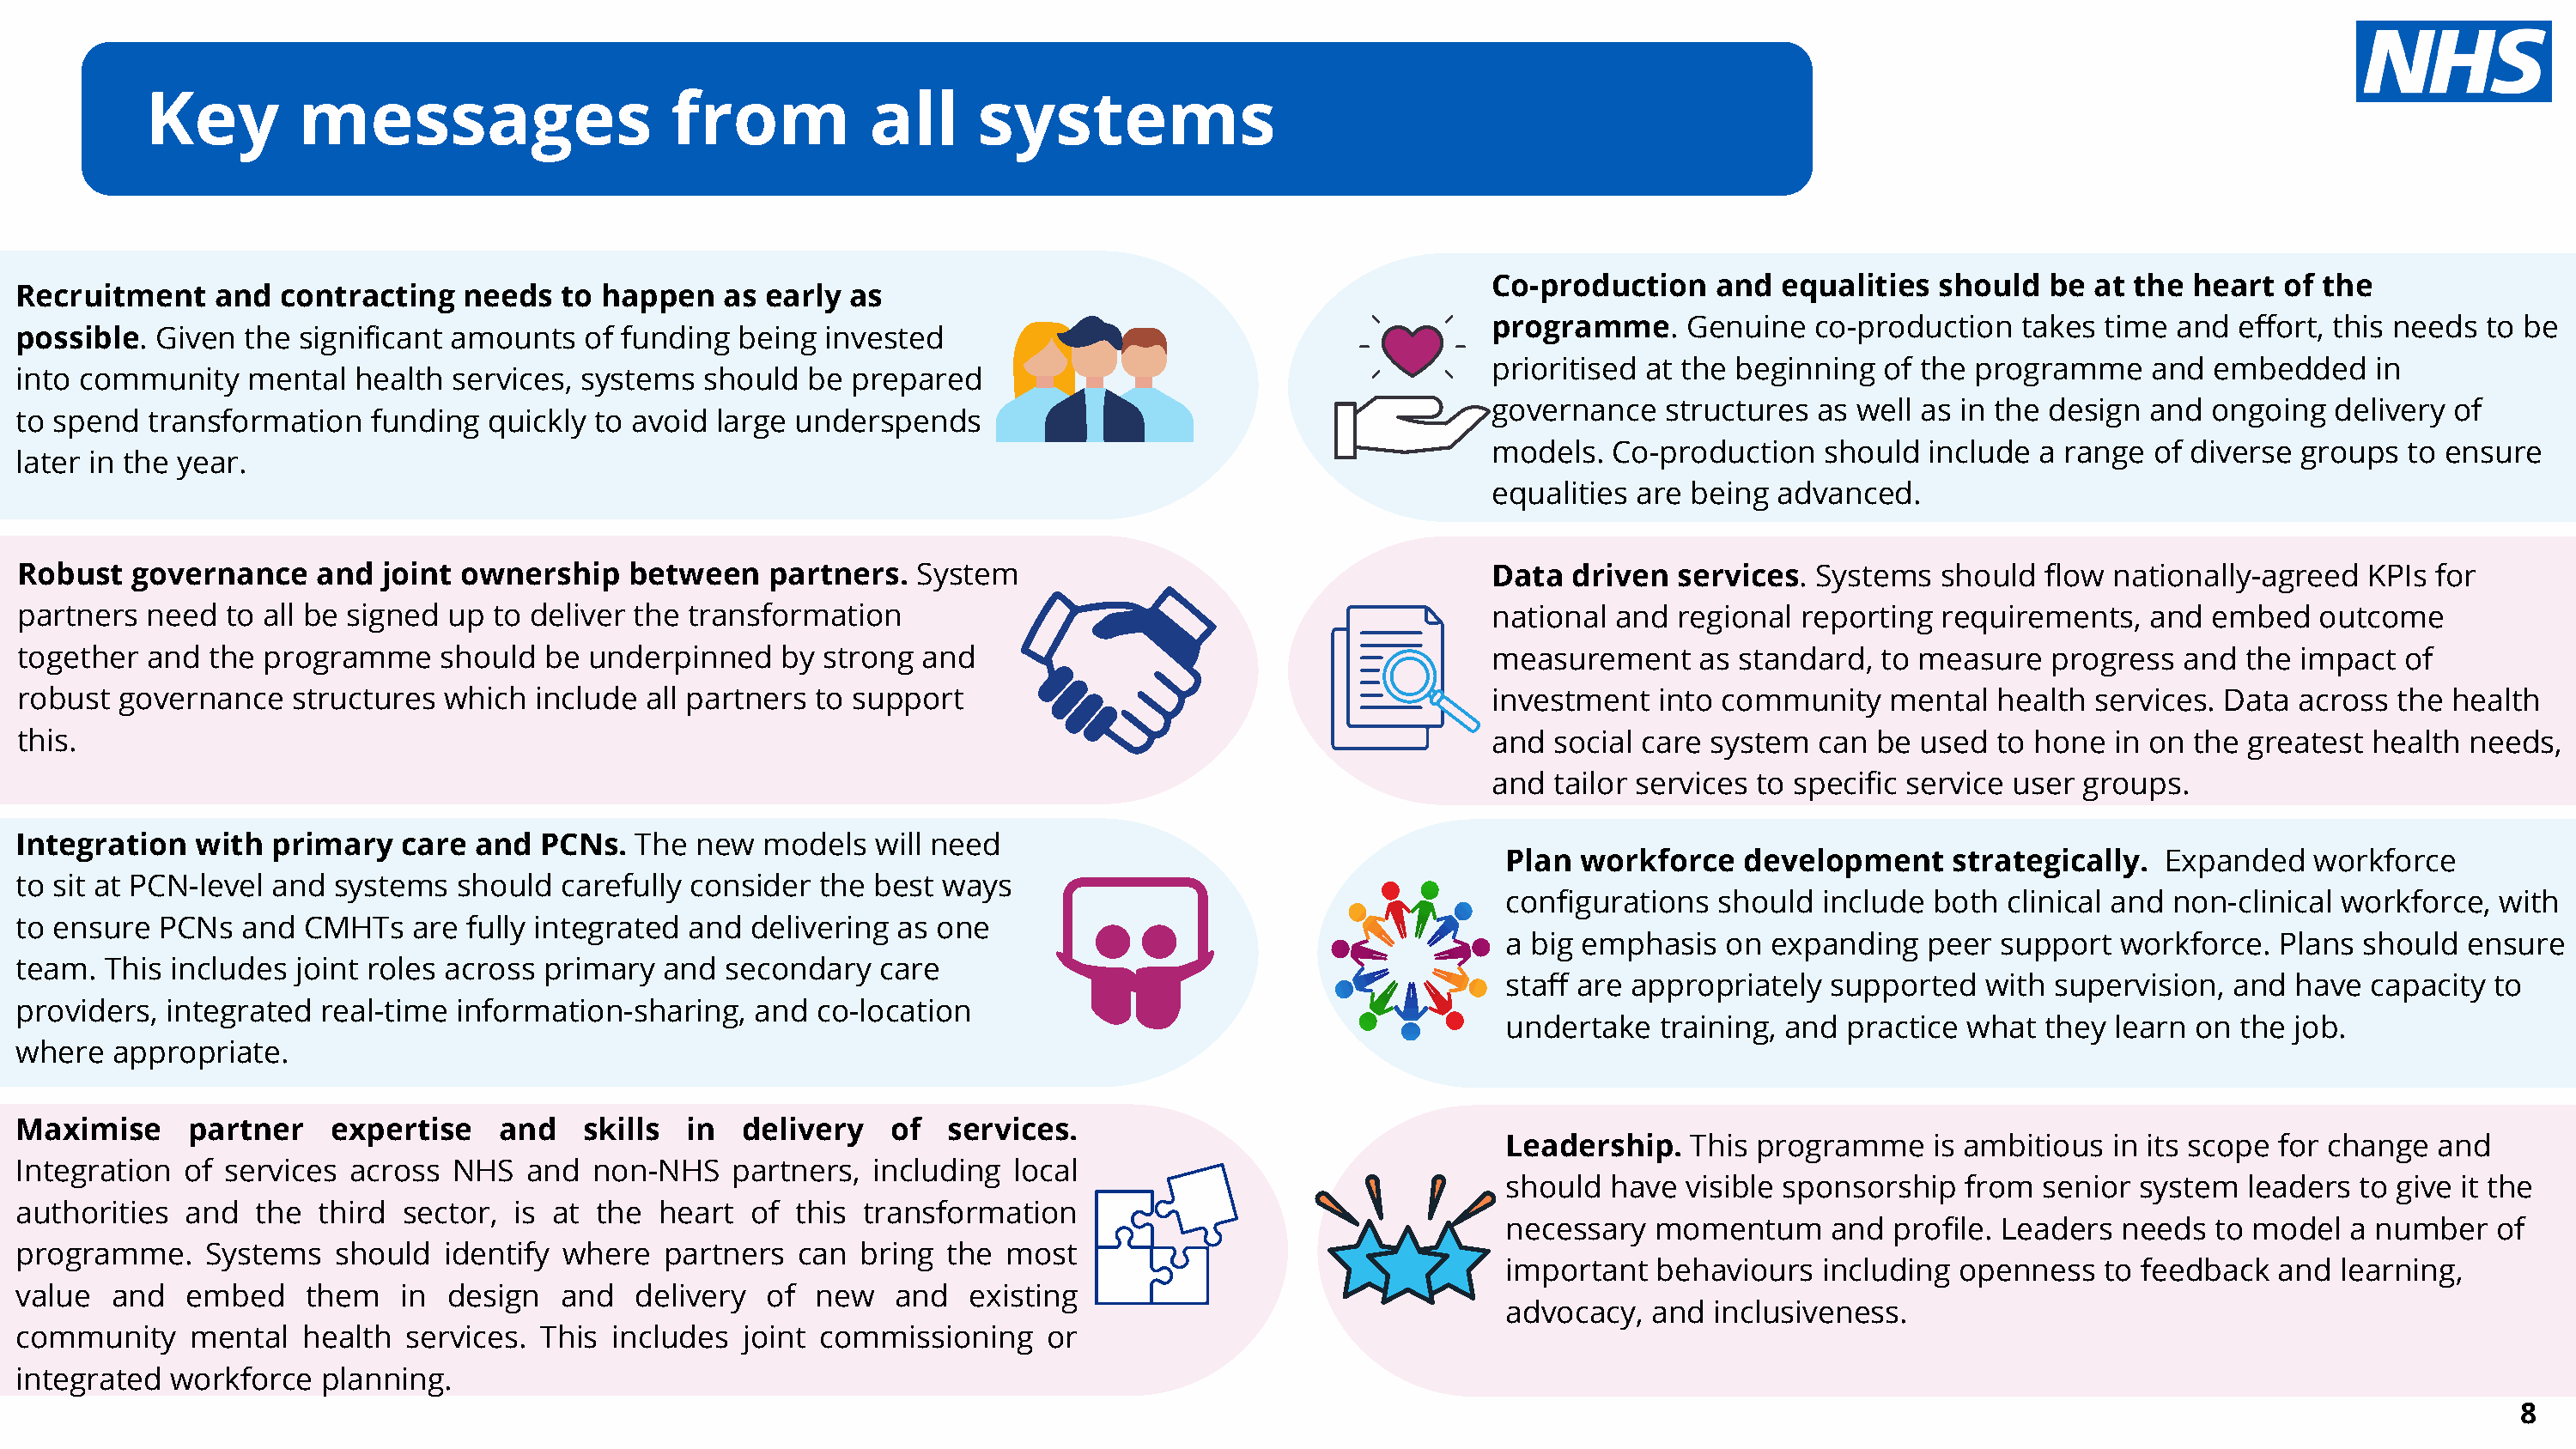
Key         messages                     from           all     systems
 Co-production    and  equalities  should   be at the  heart  of the
 Recruitment     and  contracting   needs  to happen    as early as
 programme.     Genuine   co-production   takes time  and  effort, this needs to be
 possible.  Given  the significant amounts   of funding  being  invested
 prioritised at the beginning  of the programme     and  embedded    in
 into community    mental  health  services, systems  should  be  prepared
 governance   structures  as well as in the design  and ongoing   delivery of
 to spend  transformation    funding  quickly to avoid large underspends
 models.  Co-production    should  include a range  of diverse groups   to ensure
 later in the year.
 equalities are being  advanced.
 Robust   governance    and  joint ownership    between    partners.   System                                      Data  driven  services.  Systems   should  flow nationally-agreed   KPIs for
 partners  need  to all be signed up  to deliver the transformation                                                national  and regional  reporting  requirements,   and embed    outcome
 together  and  the programme     should  be underpinned    by strong  and                                         measurement     as standard,  to measure   progress  and  the impact  of
 robust  governance   structures  which  include  all partners to support                                          investment   into community    mental  health services. Data  across  the health
 this.                                                                                                             and  social care system  can  be used  to hone  in on the greatest  health needs,
 and  tailor services to specific service user groups.
 Integration   with  primary   care  and  PCNs.  The  new  models  will need
 Plan  workforce   development      strategically.  Expanded   workforce
 to sit at PCN-level and  systems  should  carefully consider  the best  ways
 configurations  should  include  both  clinical and non-clinical workforce,  with
 to ensure  PCNs   and CMHTs    are fully integrated and  delivering as one
 a big emphasis   on expanding    peer support  workforce.   Plans should  ensure
 team.  This includes  joint roles across primary  and  secondary   care
 staff are appropriately  supported   with supervision,  and  have  capacity to
 providers,  integrated  real-time information-sharing,   and  co-location
 undertake   training, and practice  what  they learn on  the job.
 where   appropriate.
 Maximise     partner    expertise    and    skills  in  delivery    of  services.
 Leadership.   This programme     is ambitious  in its scope for change  and
 Integration  of services  across  NHS   and  non-NHS   partners,  including  local
 should  have  visible sponsorship  from  senior  system  leaders  to give it the
 authorities  and   the  third sector,  is at the  heart  of this  transformation
 necessary   momentum     and  profile. Leaders  needs  to model  a number   of
 programme.     Systems   should  identify where   partners  can  bring  the  most
 important   behaviours  including  openness   to feedback   and learning,
 value   and  embed     them   in design   and   delivery  of  new   and   existing
 advocacy,  and  inclusiveness.
 community     mental  health  services.  This includes  joint commissioning     or
 integrated  workforce   planning.
 8